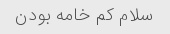
سلام کم خامه بودن